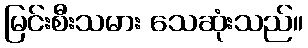
မြင်းစီးသမား သေဆုံးသည်။